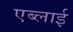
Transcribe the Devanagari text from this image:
एब्लाई